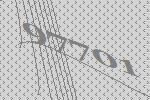
97701